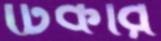
টিকরি